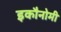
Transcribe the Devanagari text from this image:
इकौनोमी